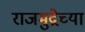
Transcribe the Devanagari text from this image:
राजमुद्रेच्या